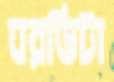
ঘরভিটা